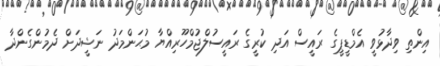
އިންތި ވިދާޅުވީ އެމްޑީޕީގެ ރައީސް އަދި ކުރީގެ ރައީސުލްޖުމްހޫރިއްޔާ މުޙަންމަދު ނަޝީދަށް ދެމުންގެންދާ